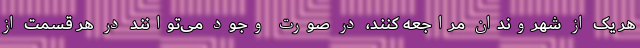
هر یک از شهروندان مراجعه کنند، در صورت وجود می‌توانند در هر قسمت از